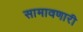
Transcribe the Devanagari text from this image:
सामावणारी